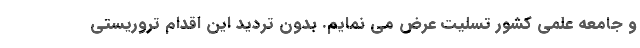
و جامعه علمی کشور تسلیت عرض می نمایم. بدون تردید این اقدام تروریستی